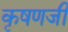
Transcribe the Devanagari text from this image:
कृषणजी